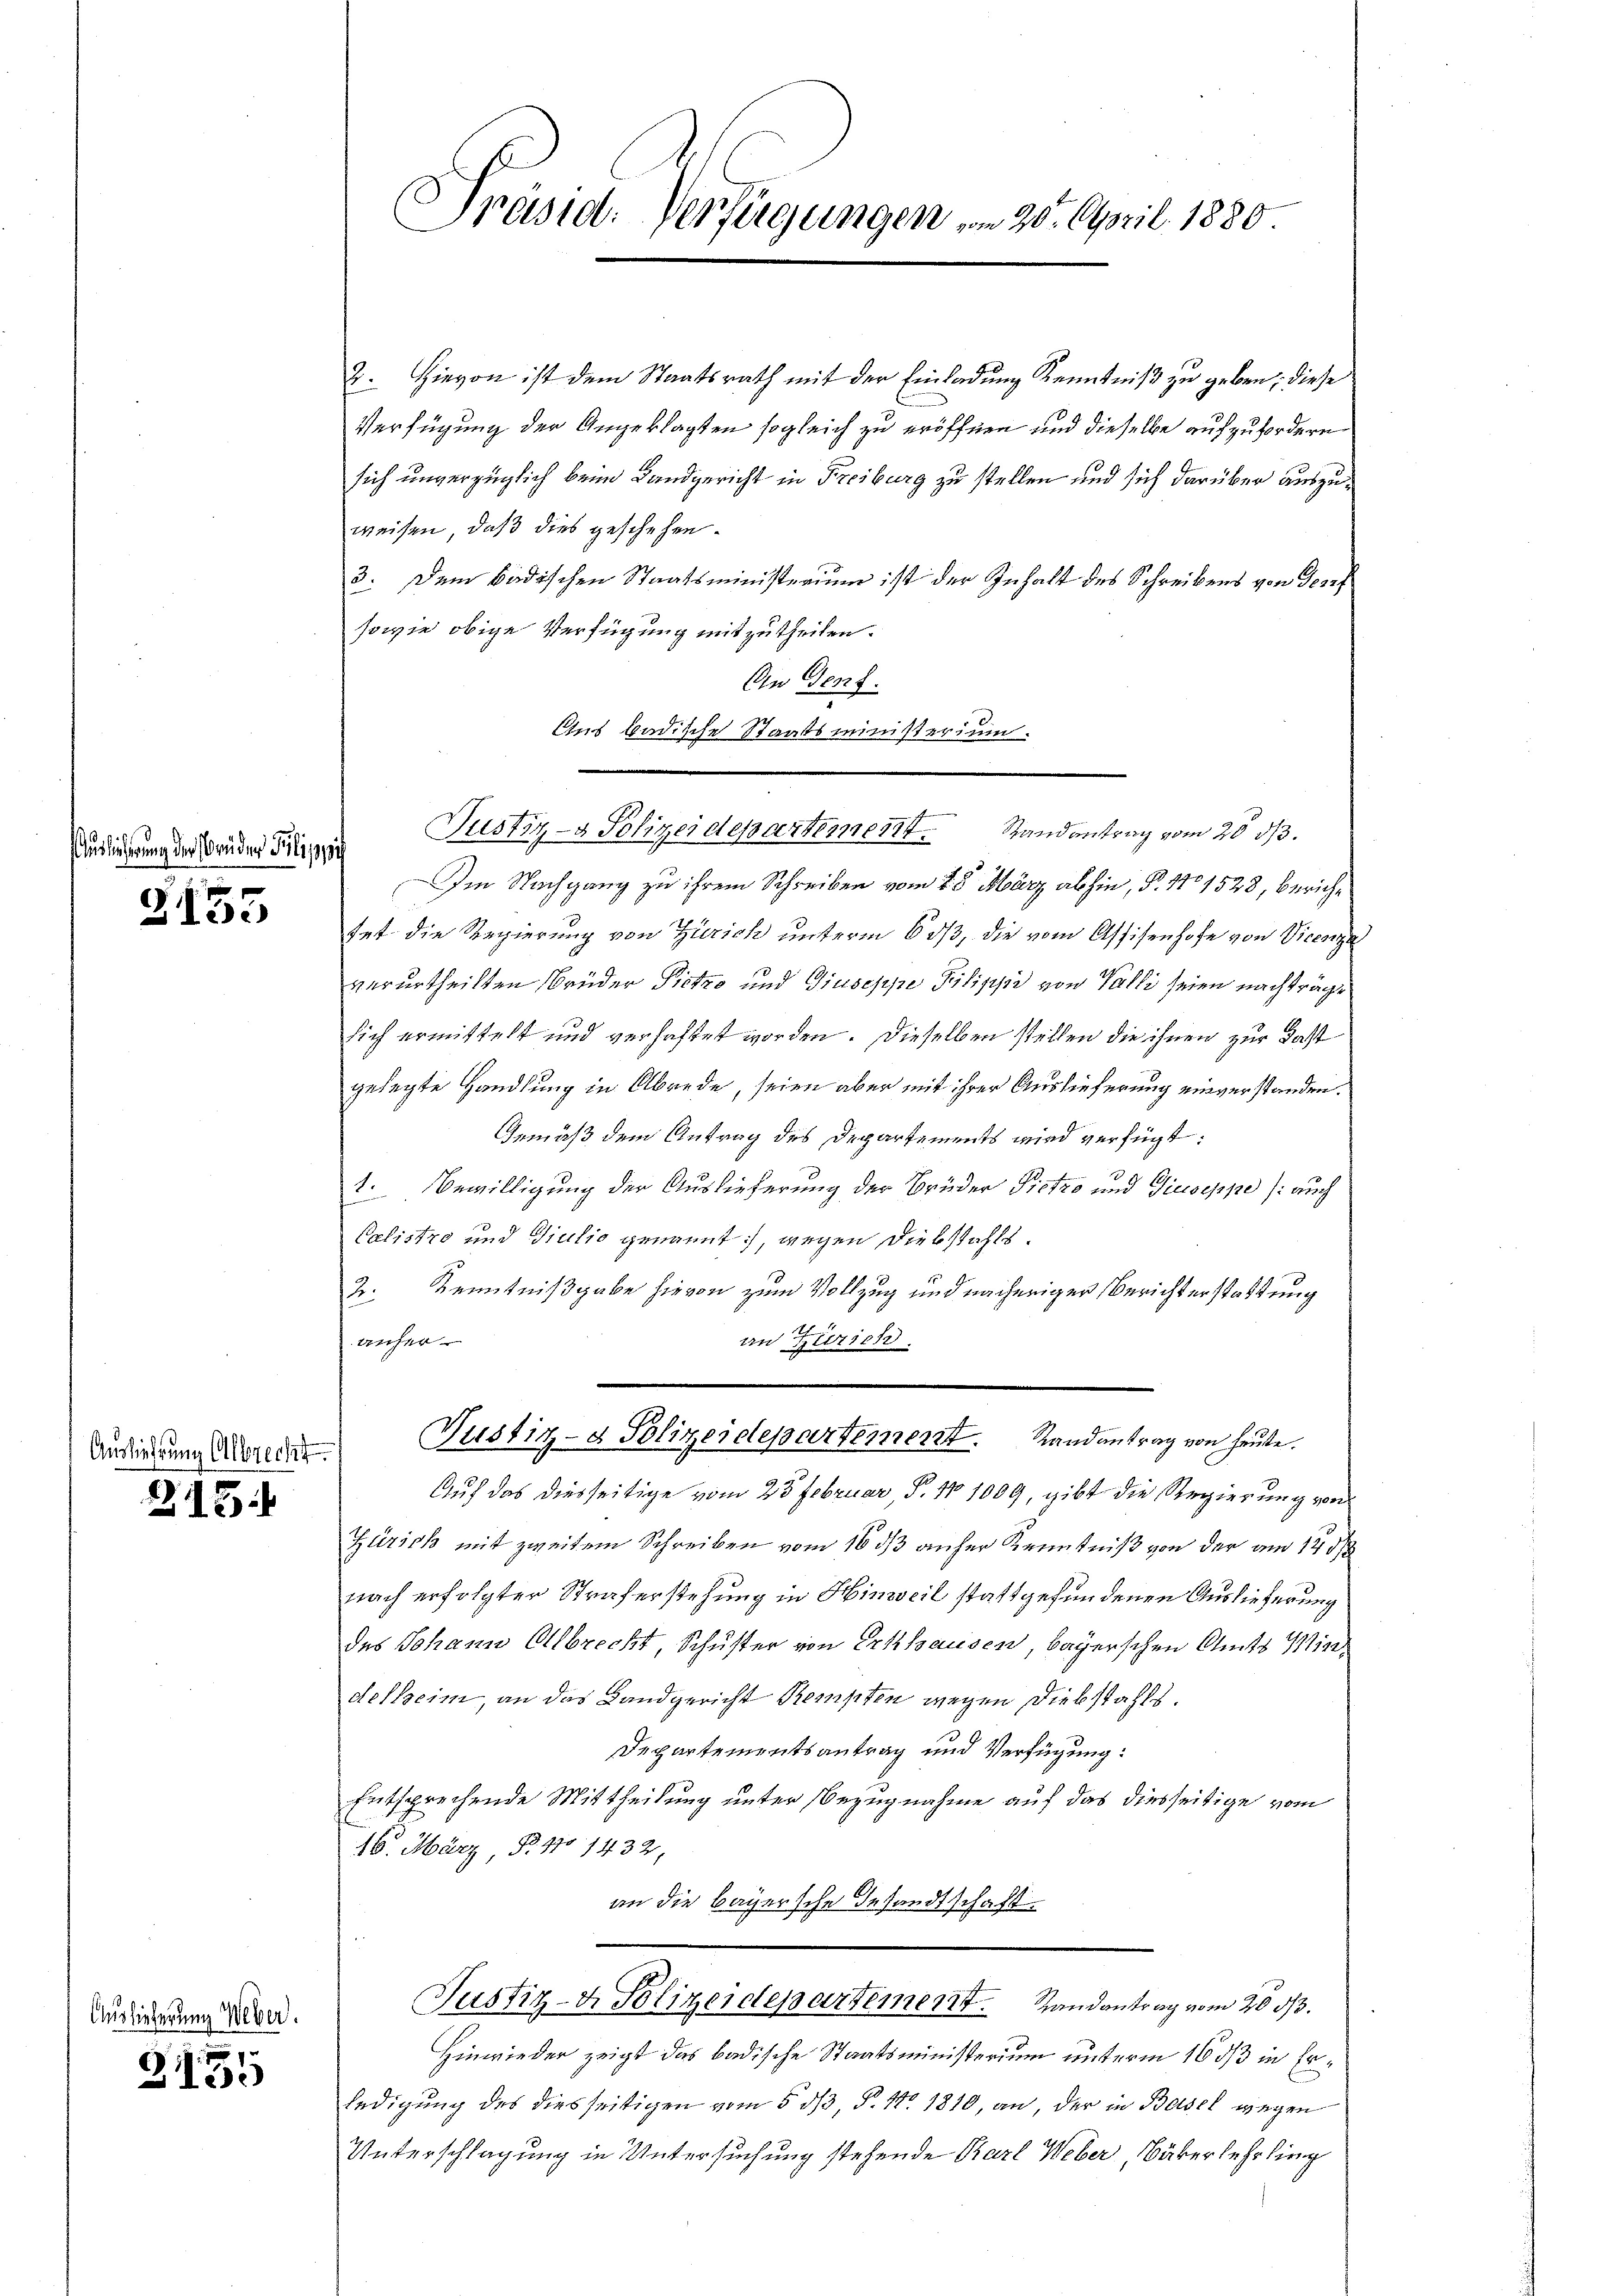
Auslicherung der Brüder Pilippi

2155

Z. 15

Auslieferung Weber.

t
2135

Auslieferung Albrecht

Präsid. Verfügungen, in 20. April 1880

2. Hievon ist dem Staatsrath mit der Einladung Kenntniß zu geben, diese
Verfügung der Angeklagten sogleich zu eröffnen und dieselbe aufzufordern
sich unverzüglich beim Landgericht in Freiburg zu stellen und sich darüber auszuweisen, daß dies geschehen.
3. Dem Badischen Staatsministerium ist der Inhalt des Schreibens von Josef
sowie obige Verfügung mitzutheilen.
An Genf.
Ans badische Staatsministerium.
Im Nachgang zu ihrem Schreiben vom 25 März abhin, S. 1701528, berichtet die Regierung von Zürich unterm 6 dβ, die vom Assisenhofe von Vicenze
verurtheilten Brüder Pietro und Giuseppe Pilippe von Valli seien nachträge
sich ermittelt und verhaftet worden. Dieselben stellen die ihnen zur Fast
gelegte Handlung in Abrede, seien aber mit ihrer Auslieferung einverstanden.
Gemäß dem Antrag des Departements wird verfügt:
1. Bewilligung der Auslieferung der Brüder Pietzo und Giuseppe (auch
Calistro und Giulio genannt, wegen Diebstahls¬
2. Kenntnißgabe hievon zum Vollzug und nächeriger Berichterstattung
anher
an Zürich
Justiz- & Polizeidepartement. Randantrag von heute.
n
Auf das diesseitige vom 23 Februar, P. 101009, gibt die Regierung von
Zürich mit zweitem Schreiben vom 16 ds anher Kenntniß von der am 17 1/2
nach erfolgter Straferstehung in Hinweil stattgefundenen Auslieferung
des Johann Albrecht, Schuster von Erkhausen, bayerschen Amts Mindelheim, an das Landgericht Kempten wegen Diebstahls.
Departementsantrag und Verfügung:
Entsprechende Mittheilung unter Bezugnahme auf das diesseitige vom
16. März S. 110 1432,
an die Bayersche Gesandtschaft.
Justiz- & Polizeidepartement. Randantrag vom 20. d.
Hinwieder zeigt das badische Staatsministerium unterm 16 ds in Erledigung des diesseitigen vom 5 0/3, P. Nr. 1810, an, der in Basel wegen
Unterschlagung in Untersuchung stehende Karl Weber, Bäkerlehrling

Justiz- & Polizeidepartement.
Randantrag vom 28 d/3.